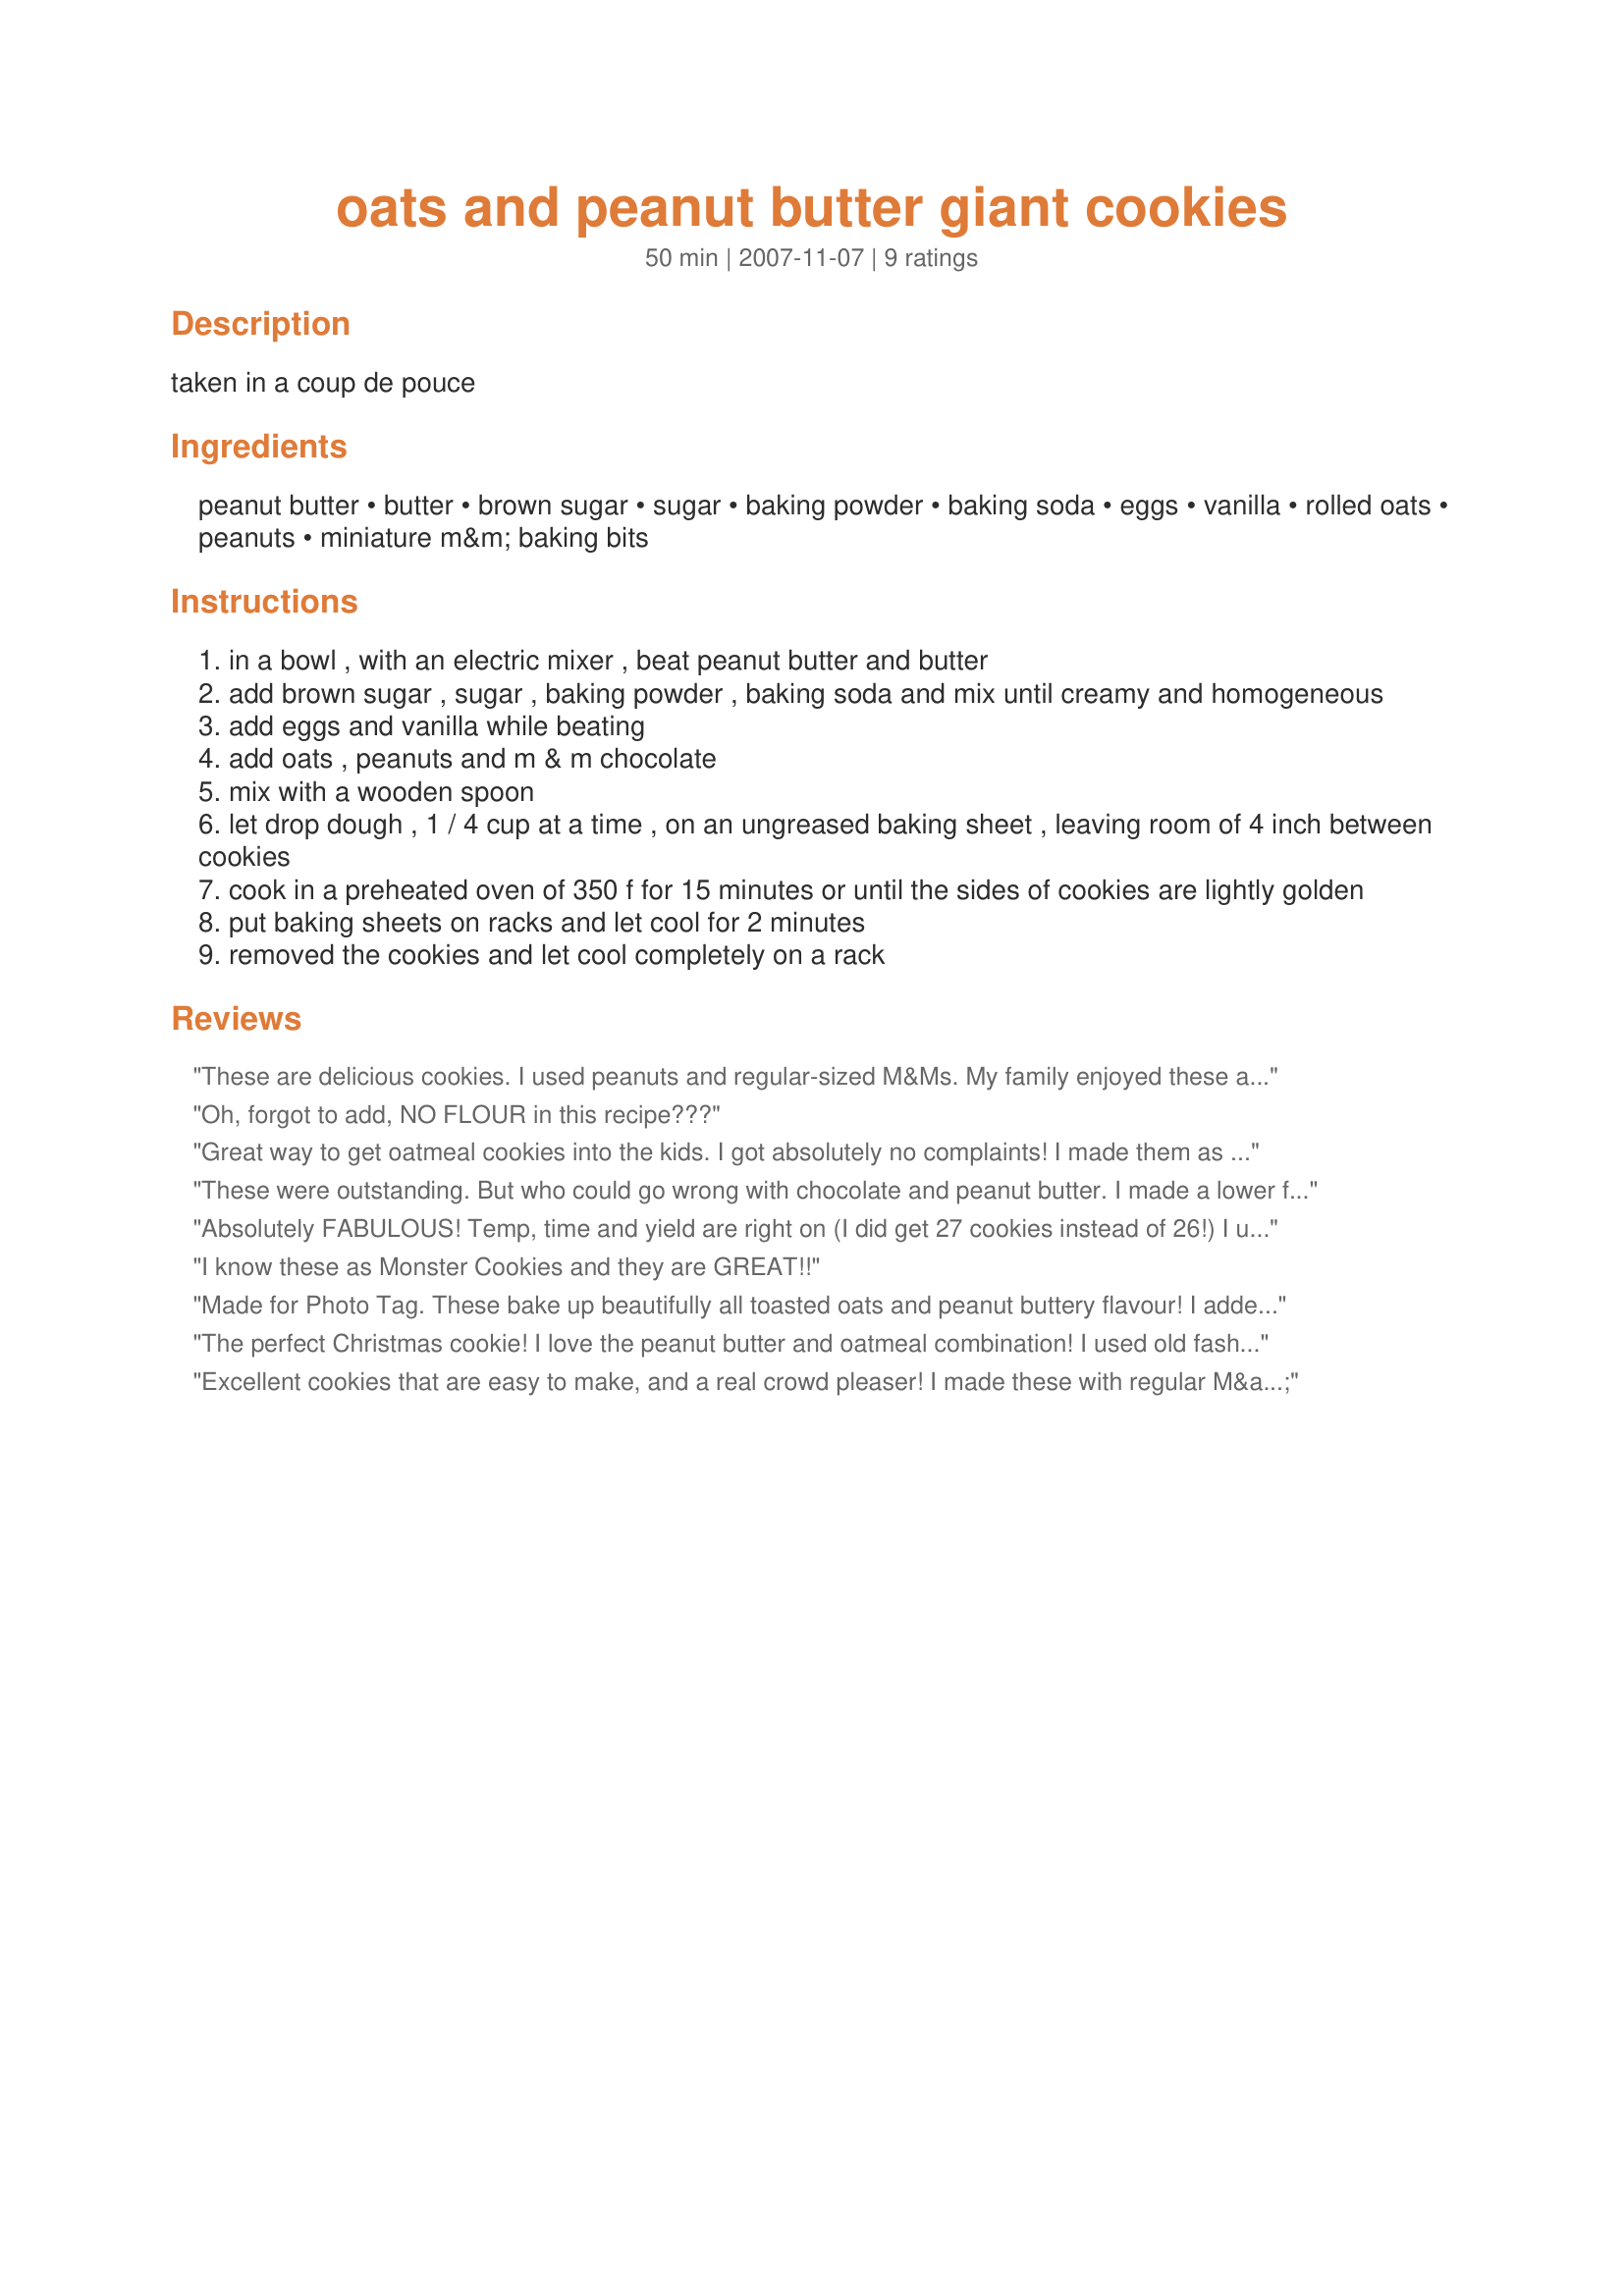
oats and peanut butter giant cookies
Preparation time: 50 minutes

taken in a coup de pouce

Ingredients:
peanut butter, butter, brown sugar, sugar, baking powder, baking soda, eggs, vanilla, rolled oats, peanuts, miniature m&m baking bits

Steps:
in a bowl , with an electric mixer , beat peanut butter and butter
add brown sugar , sugar , baking powder , baking soda and mix until creamy and homogeneous
add eggs and vanilla while beating
add oats , peanuts and m & m chocolate
mix with a wooden spoon
let drop dough , 1 / 4 cup at a time , on an ungreased baking sheet , leaving room of 4 inch between cookies
cook in a preheated oven of 350 f for 15 minutes or until the sides of cookies are lightly golden
put baking sheets on racks and let cool for 2 minutes
removed the cookies and let cool completely on a rack

Reviews:
These are delicious cookies. I used peanuts and regular-sized M&Ms. My family enjoyed these a lot and I will make them again.
Oh, forgot to add, NO FLOUR in this recipe???
Great way to get oatmeal cookies into the kids. I got absolutely no complaints! I made them as listed without the chopped nuts but with chocolate chips. They were a hit! Thanks for a winner!
These were outstanding. But who could go wrong with chocolate and peanut butter. I made a lower fat version of these, but will make the real thing at Christmas time.
I did have to use chocolate chips, because the store was out of the M&M's and I used almonds cause I was out of pecans.
Absolutely FABULOUS! Temp, time and yield are right on (I did get 27 cookies instead of 26!) I used quick cooking oats and instead of adding nuts, I used crunchy peanut butter. These cookies didn't turn out quite as wide as I thought they would (because they don't spread much), but they are nice and chunky plus chewy. Really delicious! These are definitely going on my Christmas trays this year...thanks! Update 12/01/08: I made these last night with Old Fashioned Oats instead of Quick Cooking Oats. This time they spread A LOT! I'm wondering if the quick oats absorb some of the wetness of the mixture, more than the old-fashioned do. Either way, these are delicious cookies!
I know these as Monster Cookies and they are GREAT!!
Made for Photo Tag. These bake up beautifully all toasted oats and peanut buttery flavour! I added a triple whammy by using Reeses peanut butter chips. As soon as I get a working camera,I will make them again and get a pic.
1/8/09
I made these again now that my camera is home again. :)
I used chocolate chips in place of M&M's and lots of peanuts leftover from Christmas.
they turned out just as nice as last time. Sorry it took so long for the pic, Boomie.
The perfect Christmas cookie! I love the peanut butter and oatmeal combination! I used old fashioned oats, pecans and regular sized M&M's which worked perfectly well. I had to bake just a bit longer for the sides to bake, but I think my cookies may have been a touch more over the 1/4 cup. Thanks again, Boomette, for another wonderful recipe : )
Excellent cookies that are easy to make, and a real crowd pleaser! I made these with regular M&M's, of which I only had 3/4 cup, so I used chocolate chips for the remainder. The nuts I used were peanuts, which I thought would amplify the M&M aspect of the cookies. These will definately go on my "make again" list! Made for Sweet Traditions Tag. Thanks for posting, Boomette!
